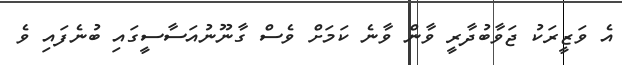
އެ ވަޒީރަކު ޖަވާބުދާރީ ވާން ވާނެ ކަމަށް ވެސް ގާނޫނުއަސާސީގައި ބުނެފައި ވެ